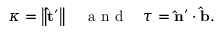
\begin{array} { r } { \kappa = \left\lVert \mathbf { \hat { t } ^ { \prime } } \right\rVert \quad \textrm { a n d } \quad \tau = \mathbf { \hat { n } ^ { \prime } } \cdot \mathbf { \hat { b } } . } \end{array}